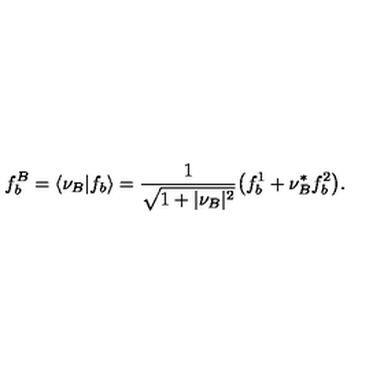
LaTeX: f _ { b } ^ { B } = \langle \nu _ { B } \vert f _ { b } \rangle = { \frac { 1 } { \sqrt { 1 + \vert \nu _ { B } \vert ^ { 2 } } } } \bigl ( f _ { b } ^ { 1 } + \nu _ { B } ^ { * } f _ { b } ^ { 2 } \bigr ) .